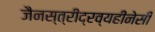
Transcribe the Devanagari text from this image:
जैनस्त्रीद्रव्यहीनेसी